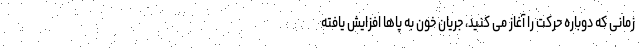
زمانی که دوباره حرکت را آغاز می کنید، جریان خون به پاها افزایش یافته